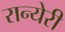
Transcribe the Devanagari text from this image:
रान्येरी